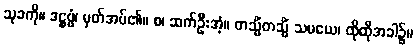
သုခကို။ ဒဋ္ဌဗ္ဗံ၊ မှတ်အပ်၏။ စ၊ ဆက်ဦးအံ့။ တသ္မိံတသ္မိံ သမယေ၊ ထိုထိုအခါ၌။